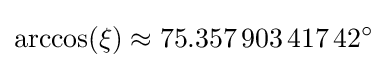
\arccos(\xi )\approx 75.357\,903\,417\,42^{\circ }